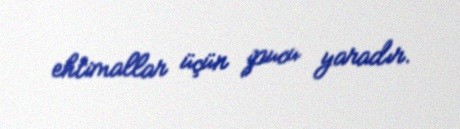
ehtimallar üçün ipucu yaradır.